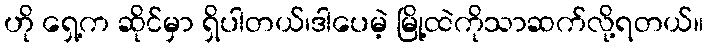
ဟို ရှေ့က ဆိုင်မှာ ရှိပါတယ်၊ဒါပေမဲ့ မြို့ထဲကိုသာဆက်လို့ရတယ်။